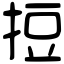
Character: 𢭃